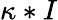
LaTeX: \kappa*I